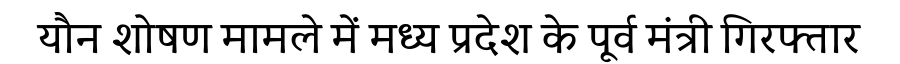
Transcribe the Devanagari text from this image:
यौन शोषण मामले में मध्य प्रदेश के पूर्व मंत्री गिरफ्तार